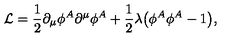
{ \cal L } = \frac { 1 } { 2 } \partial _ { \mu } \phi ^ { A } \partial ^ { \mu } \phi ^ { A } + \frac { 1 } { 2 } \lambda \bigl ( \phi ^ { A } \phi ^ { A } - 1 \bigr ) ,